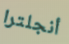
أنجلترا